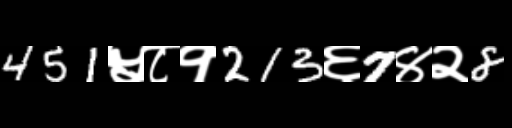
Text: 451५८१213६7४२8